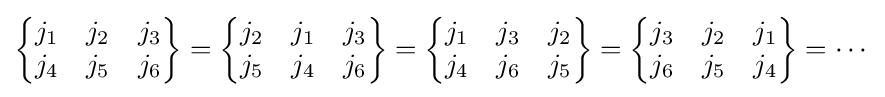
{\begin{Bmatrix}j_{1}&j_{2}&j_{3}\\j_{4}&j_{5}&j_{6}\end{Bmatrix}}={\begin{Bmatrix}j_{2}&j_{1}&j_{3}\\j_{5}&j_{4}&j_{6}\end{Bmatrix}}={\begin{Bmatrix}j_{1}&j_{3}&j_{2}\\j_{4}&j_{6}&j_{5}\end{Bmatrix}}={\begin{Bmatrix}j_{3}&j_{2}&j_{1}\\j_{6}&j_{5}&j_{4}\end{Bmatrix}}=\cdots